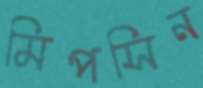
মিপসিন